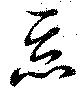
惡